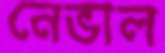
নেভাল